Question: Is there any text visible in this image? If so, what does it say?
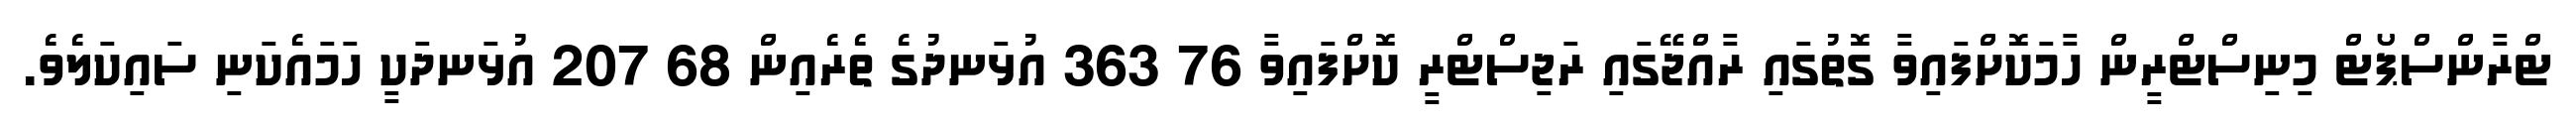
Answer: ޓްރާންސްޕޯޓް މިނިސްޓްރީން ހާމަކޮށްފައިވާ ގޮތުގައި ރާއްޖޭގައި ރަޖިސްޓްރީ ކޮށްފައިވާ 76 363 އުޅަނދުގެ ތެރެއިން 68 207 އުޅަނދަކީ ހަމައެކަނި ސައިކަލެވެ.